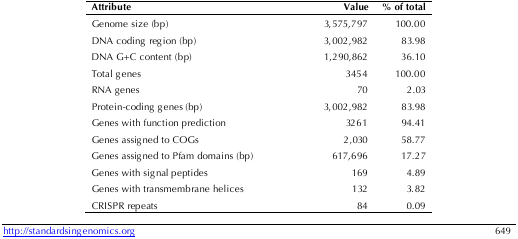
| Attribute | Value | % of total |
 | --- | --- | --- |
 | Genome size (bp) | 3,575,797 | 100.00 |
 | DNA coding region (bp) | 3,002,982 | 83.98 |
 | DNA G+C content (bp) | 1,290,862 | 36.10 |
 | Total genes | 3454 | 100.00 |
 | RNA genes | 70 | 2.03 |
 | Protein-coding genes (bp) | 3,002,982 | 83.98 |
 | Genes with function prediction | 3261 | 94.41 |
 | Genes assigned to COGs | 2,030 | 58.77 |
 | Genes assigned to Pfam domains (bp) | 617,696 | 17.27 |
 | Genes with signal peptides | 169 | 4.89 |
 | Genes with transmembrane helices | 132 | 3.82 |
 | CRISPR repeats | 84 | 0.09 |